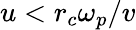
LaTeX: u<r_{c}\omega_{p}/v